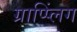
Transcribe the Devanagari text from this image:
ग्राप्प्लिंग